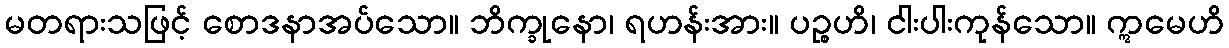
မတရားသဖြင့် စောဒနာအပ်သော။ ဘိက္ခုနော၊ ရဟန်းအား။ ပဉ္စဟိ၊ ငါးပါးကုန်သော။ ဣမေဟိ